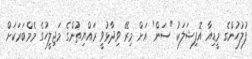
ފުލުހުންގެ މީޑިއާ އޮފިޝަލަކު "ސަން" އަށް މިރޭ ވިދާޅުވީ ރައްޔިތުންގެ މަޖިލީހުގެ މެމްބަރަކަށް